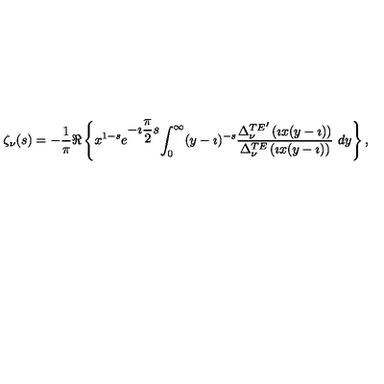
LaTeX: \begin{array} { c } { \zeta _ { \nu } ( s ) = \displaystyle { - \frac { 1 } { \pi } } \Re \left\{ x ^ { 1 - s } e ^ { \displaystyle { - \imath \frac { \pi } { 2 } s } } \displaystyle { \int _ { 0 } ^ { \infty } } ( y - \imath ) ^ { - s } \displaystyle { \frac { { \Delta _ { \nu } ^ { T E } } ^ { \prime } \left( \imath x ( y - \imath ) \right) } { \Delta _ { \nu } ^ { T E } \left( \imath x ( y - \imath ) \right) } } \ d y \right\} , } \\ \end{array}